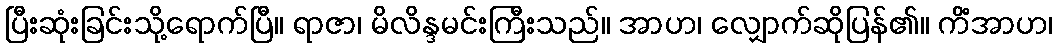
ပြီးဆုံးခြင်းသို့ရောက်ပြီ။ ရာဇာ၊ မိလိန္ဒမင်းကြီးသည်။ အာဟ၊ လျှောက်ဆိုပြန်၏။ ကိံအာဟ၊